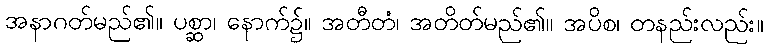
အနာဂတ်မည်၏။ ပစ္ဆာ၊ နောက်၌။ အတီတံ၊ အတိတ်မည်၏။ အပိစ၊ တနည်းလည်း။